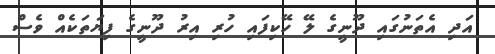
އަދި އެތަނުގައި ދޫނީގެ ލޭ ހޭކިފައި ހުރި އިރު ދޫނީގެ ފިޔަތަކެއް ވެސް